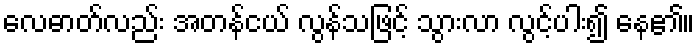
လေဓာတ်လည်း အတန်ငယ် လွန်သဖြင့် သွားလာ လွင့်ပါး၍ နေ၏။